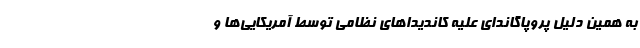
به همین دلیل پروپاگاندای علیه کاندیدا‌های نظامی توسط آمریکایی‌ها و